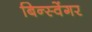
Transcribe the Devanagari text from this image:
बिन्स्वेंगर